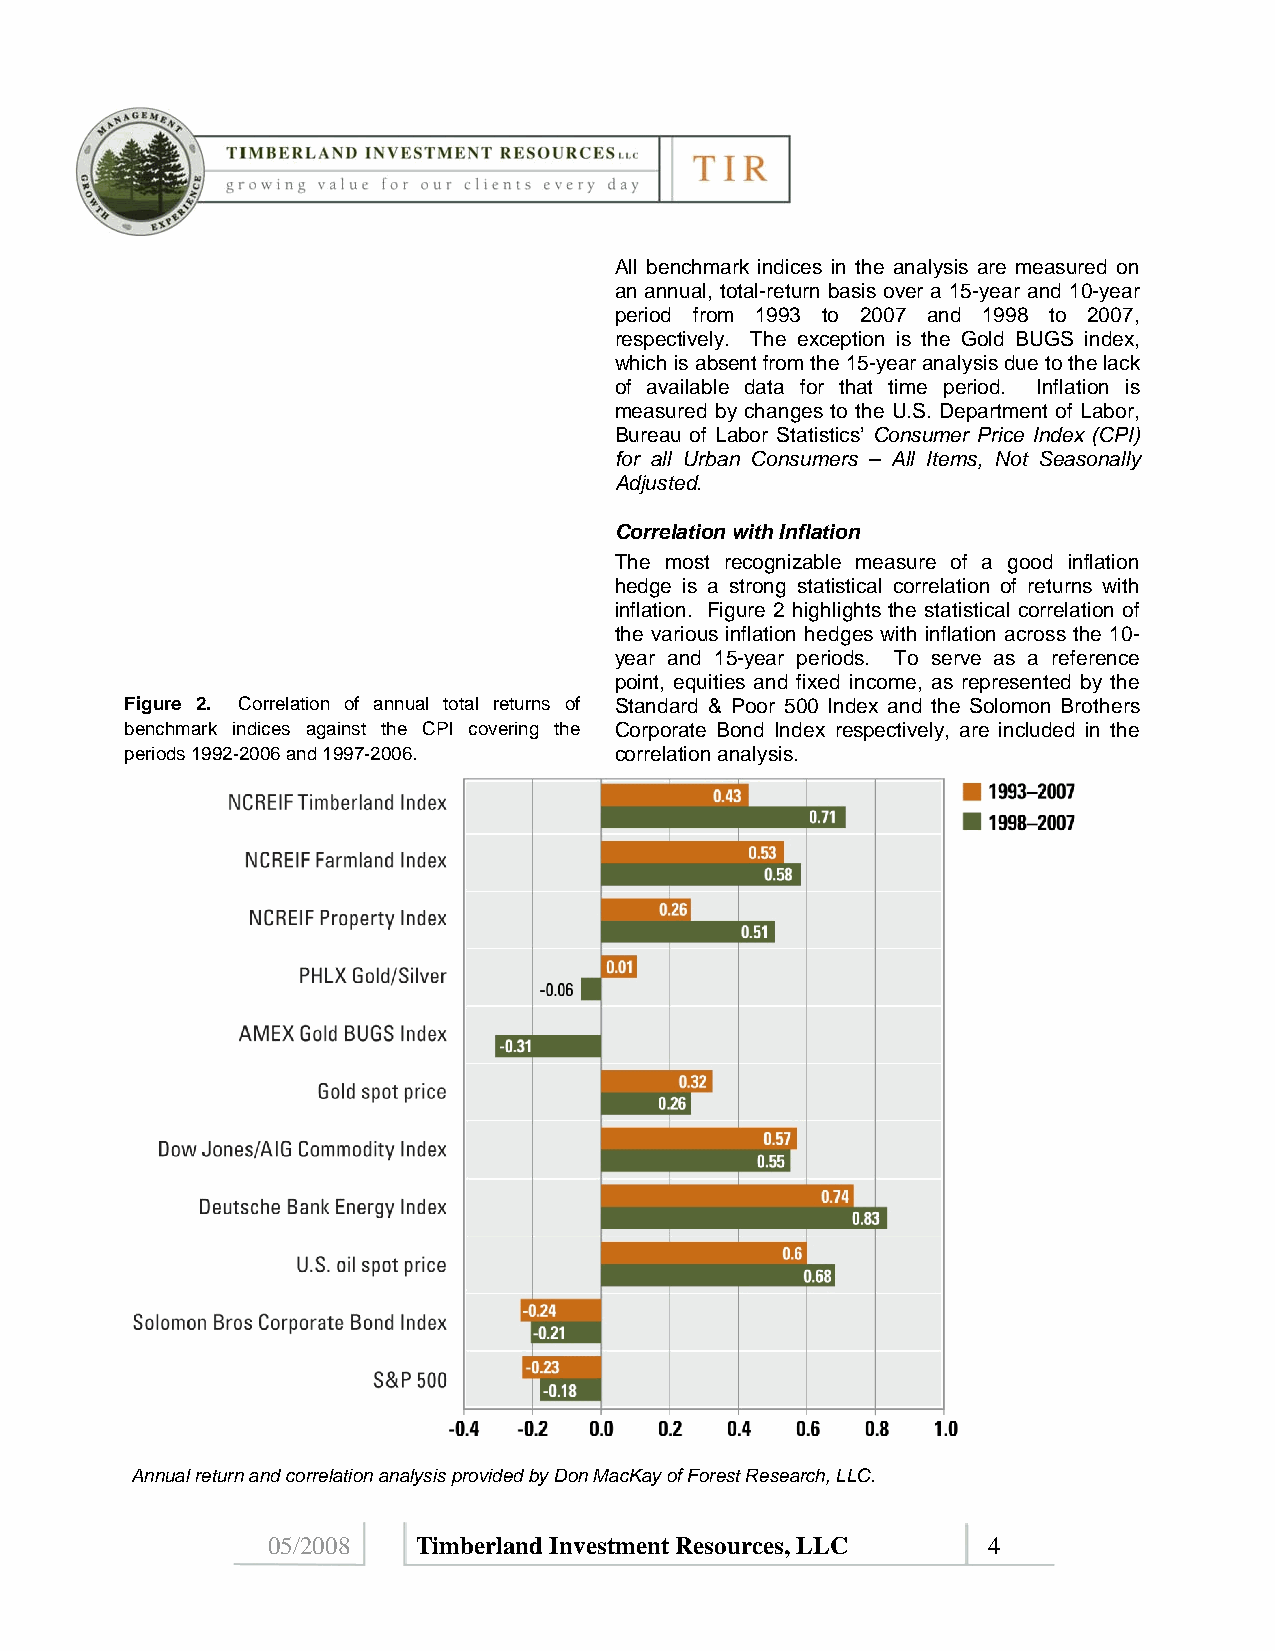
All benchmark indices in the analysis are measured on
 an annual, total-return basis over a 15-year and 10-year
 period from 1993 to 2007 and 1998 to 2007,
 respectively. The exception is the Gold BUGS index,
 which is absent from the 15-year analysis due to the lack
 of available data for that time period. Inflation is
 measured by changes to the U.S. Department of Labor,
 Bureau of Labor Statistics’ Consumer Price Index (CPI)
 for all Urban Consumers – All Items, Not Seasonally
 Adjusted.
 Correlation with Inflation
 The most recognizable measure of a good inflation
 hedge is a strong statistical correlation of returns with
 inflation. Figure 2 highlights the statistical correlation of
 the various inflation hedges with inflation across the 10-
 year and 15-year periods. To serve as a reference
 point, equities and fixed income, as represented by the
 Figure 2. Correlation of annual total returns of Standard & Poor 500 Index and the Solomon Brothers
 benchmark indices against the CPI covering the Corporate Bond Index respectively, are included in the
 periods 1992-2006 and 1997-2006. correlation analysis.
 Annual return and correlation analysis provided by Don MacKay of Forest Research, LLC.
 05/2008   Timberland Investment Resources, LLC 4